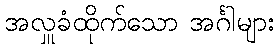
အလှူခံထိုက်သော အင်္ဂါများ